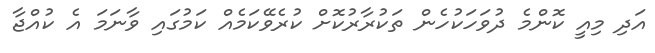
އަދި މިއީ ކޮންމެ ދުވަހަކުހެން ތަކުރާރުކޮށް ކުރެވޭކަމެއް ކަމުގައި ވާނަމަ އެ ކުއްޖާ